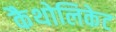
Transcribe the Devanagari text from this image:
कैथोलिकेट